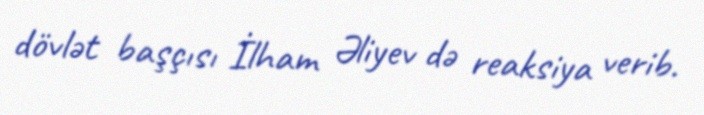
dövlət başçısı İlham Əliyev də reaksiya verib.